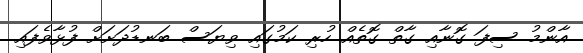
އާންމު ސިފަ ގޮނާއި ގާތް ގޮތެއް ހުރި ކަމުގައި ވިޔަސް ބަނޑުދަށަށް ފުޅާވެފައި